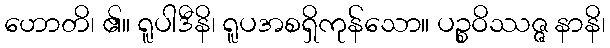
ဟောတိ၊ ၏။ ရူပါဒီနိ၊ ရူပအစရှိကုန်သော။ ပဉ္စဝိဿဇ္ဇ နာနိ၊